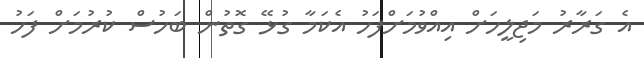
އެ ގަރާރު މަޖިލީހަށް އިއްވުމަށްފަހު އެކަމާ ގުޅޭ ގޮތުން ބަހުސް ކުރުމަށް ފަހު